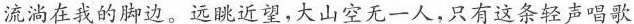
流淌在我的脚边。远眺近望，大山空无一人，只有这条轻声唱歌